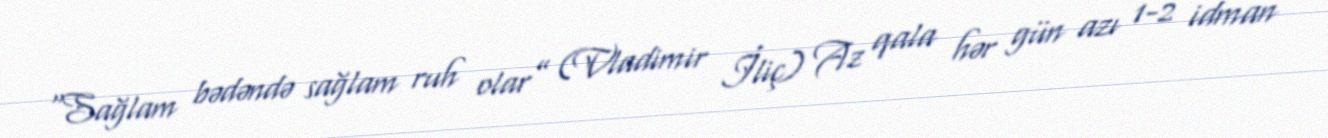
“Sağlam bədəndə sağlam ruh olar” (Vladimir İliç) Az qala hər gün azı 1-2 idman